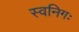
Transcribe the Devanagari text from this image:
स्वनिगः